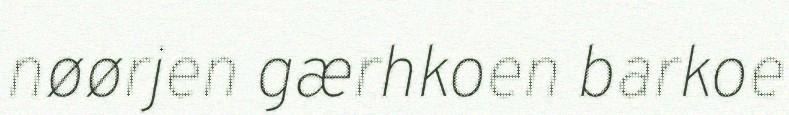
nøørjen gærhkoen barkoe